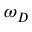
\omega _ { D }